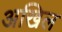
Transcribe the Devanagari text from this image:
अखिल